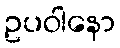
ဥပဝါနော